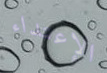
الإعتداء